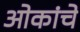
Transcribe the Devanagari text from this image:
ओकांचे